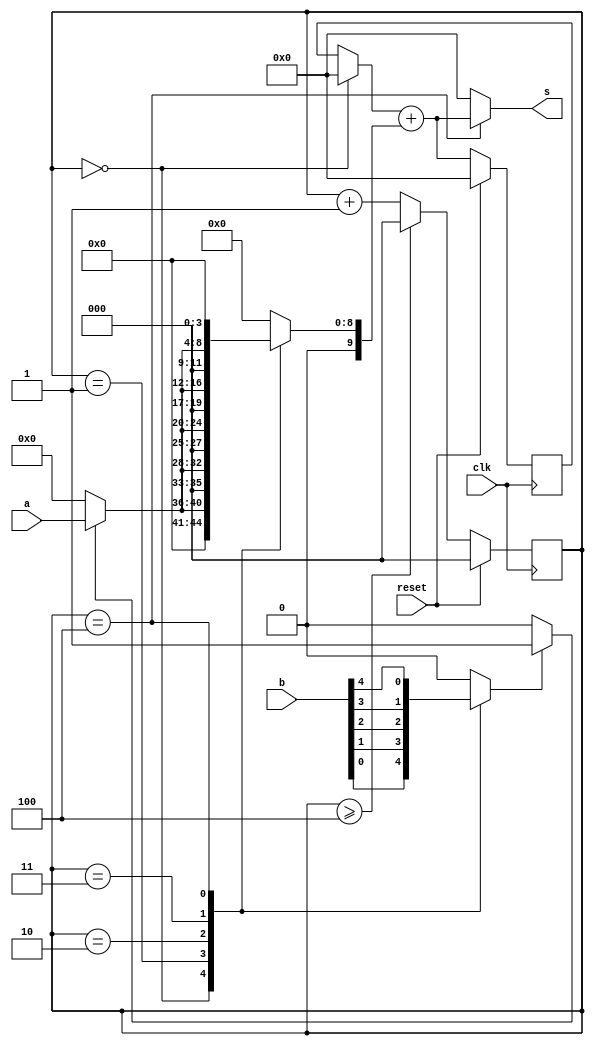
`timescale 1ns / 1ps
//////////////////////////////////////////////////////////////////////////////////
// 5-bit Multiplier
// Structure: 5-bit Multiplier with accumulate adder
//
//////////////////////////////////////////////////////////////////////////////////

module Mul_5bits (
    input clk,
    input reset,
    input [4:0] a,
    input [4:0] b,
    output [9:0] s
);


wire sel;
wire [4:0] a_in;
wire [9:0] acc_out;

reg b_in;
reg [2:0] count;
reg [9:0] a_in_shift;
reg [9:0] acc_in;
reg [9:0] adder_in;

always @(posedge clk ) begin
    if(reset)
        count <= 3'd0;
    else if(count >= 3'd4) 
        count <= 3'd0;  
    else 
        count <= count + 1;
end

always @(*) begin
    case (count)
        3'd0: b_in <= b[0];
        3'd1: b_in <= b[1];
        3'd2: b_in <= b[2];
        3'd3: b_in <= b[3];
        3'd4: b_in <= b[4];
        default: b_in <= 1'b0;
    endcase
end

assign sel = (b_in)?1'b1:1'b0;

assign a_in = (sel)?a:5'd0;

always @(*) begin
    case (count)
        3'd0: a_in_shift <= {5'd0,a_in};
        3'd1: a_in_shift <= {4'd0,a_in,1'd0};
        3'd2: a_in_shift <= {3'd0,a_in,2'd0};
        3'd3: a_in_shift <= {2'd0,a_in,3'd0};
        3'd4: a_in_shift <= {1'd0,a_in,4'd0};
        default: a_in_shift <= 10'd0;
    endcase
end

always @(posedge clk ) begin
    if(reset)
        acc_in <= 10'd0;
    else
        acc_in <= acc_out;
end

always @(*) begin
    case (count)
        3'd0: adder_in <= 10'd0;
        default: adder_in <= acc_in;
    endcase      
end

assign acc_out = adder_in + a_in_shift;

assign s = (count==3'd4)?acc_out:10'd0;

endmodule